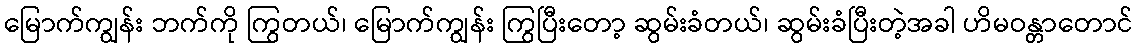
မြောက်ကျွန်း ဘက်ကို ကြွတယ်၊ မြောက်ကျွန်း ကြွပြီးတော့ ဆွမ်းခံတယ်၊ ဆွမ်းခံပြီးတဲ့အခါ ဟိမဝန္တာတောင်